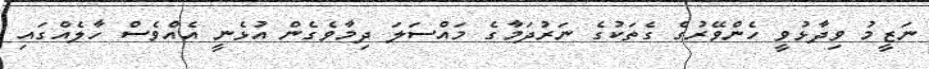
ނަޒީމު ވިދާޅުވީ ހެންވޭރުގެ ގެތަކުގެ ނަރުދަމާގެ މައްސަލަ ދިމާވެގެން އުޅެނީ އެއްވެސް ހާލެއްގައި